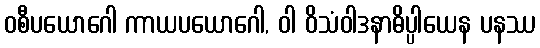
ဝစီပယောဂေါ ကာယပယောဂေါ, ဝါ ဝိသံဝါဒနာဓိပ္ပါယေန ပနဿ